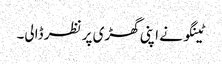
ٹینگو نے اپنی گھڑی پر نظر ڈالی۔